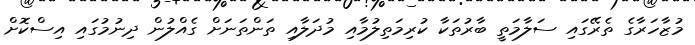
މުޒާހަރާގެ ތެރޭގައި ސަލާމަތީ ބާރުތަކާ ކުރިމަތިލުމާއި މުދަލާއި ތަންތަނަށް ގެއްލުން ދިނުމުގައި އިސްކޮށް